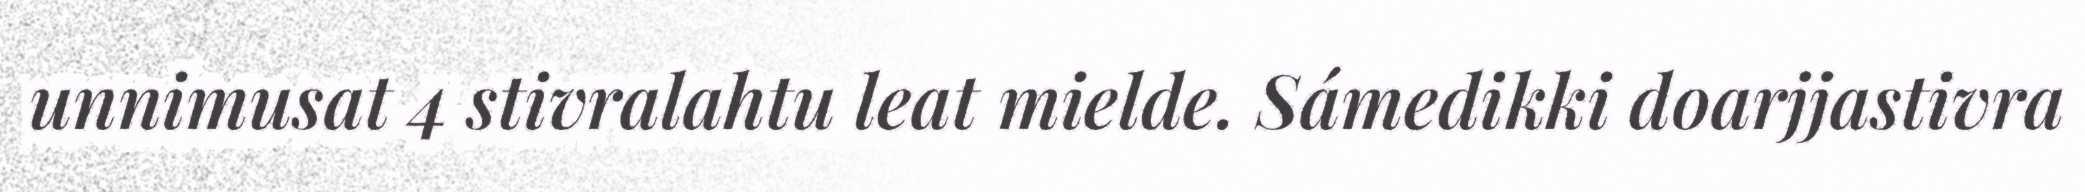
unnimusat 4 stivralahtu leat mielde. Sámedikki doarjjastivra